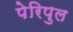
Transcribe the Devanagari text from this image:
पेरिपुल